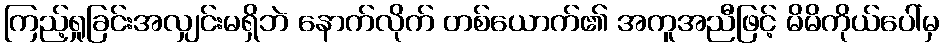
ကြည့်ရှုခြင်းအလျှင်းမရှိဘဲ နောက်လိုက် တစ်ယောက်၏ အကူအညီဖြင့် မိမိကိုယ်ပေါ်မှ